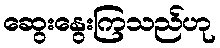
ဆွေးနွေးကြသည်ဟု